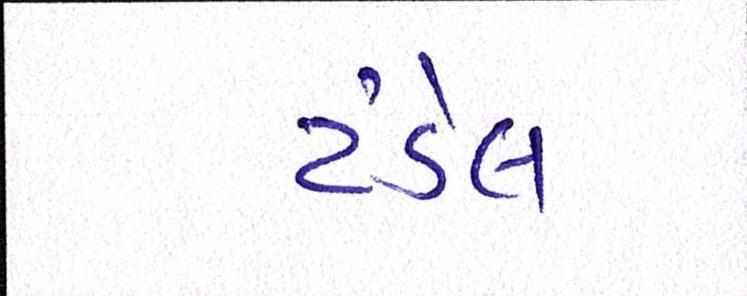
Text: ટંડેલ